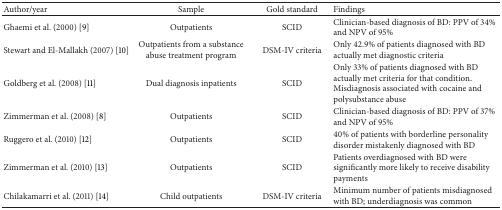
<table><thead><tr><td><b>Author/year</b></td><td><b>Sample</b></td><td><b>Gold standard</b></td><td><b>Findings</b></td></tr></thead><tbody><tr><td>Ghaemi et al. (2000) [9]</td><td>Outpatients</td><td>SCID</td><td>Clinician-based diagnosis of BD: PPV of 34% and NPV of 95%</td></tr><tr><td>Stewart and El-Mallakh (2007) [10]</td><td>Outpatients from a substance abuse treatment program</td><td>DSM-IV criteria</td><td>Only 42.9% of patients diagnosed with BD actually met diagnostic criteria</td></tr><tr><td>Goldberg et al. (2008) [11]</td><td>Dual diagnosis inpatients</td><td>SCID</td><td>Only 33% of patients diagnosed with BD actually met criteria for that condition. Misdiagnosis associated with cocaine and polysubstance abuse</td></tr><tr><td>Zimmerman et al. (2008) [8]</td><td>Outpatients</td><td>SCID</td><td>Clinician-based diagnosis of BD: PPV of 37% and NPV of 95%</td></tr><tr><td>Ruggero et al. (2010) [12]</td><td>Outpatients</td><td>SCID</td><td>40% of patients with borderline personality disorder mistakenly diagnosed with BD</td></tr><tr><td>Zimmerman et al. (2010) [13]</td><td>Outpatients</td><td>SCID</td><td>Patients overdiagnosed with BD were significantly more likely to receive disability payments</td></tr><tr><td>Chilakamarri et al. (2011) [14]</td><td>Child outpatients</td><td>DSM-IV criteria</td><td>Minimum number of patients misdiagnosed with BD; underdiagnosis was common</td></tr></tbody></table>